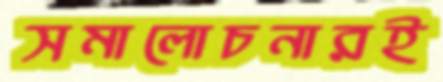
সমালোচনারই